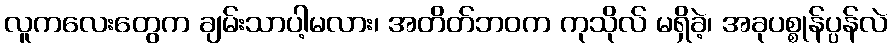
လူကလေးတွေက ချမ်းသာပါ့မလား၊ အတိတ်ဘဝက ကုသိုလ် မရှိခဲ့၊ အခုပစ္စုန်ပ္ပန်လဲ